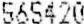
565420